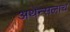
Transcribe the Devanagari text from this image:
अथेन्सलाच